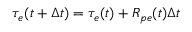
\tau _ { e } ( t + \Delta t ) = \tau _ { e } ( t ) + R _ { p e } ( t ) \Delta t